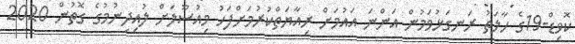
ކޮވިޑް-19ގެ ހާލަތު ރަނގަޅުވަމުން އަންނަ އައުމަށް ރިއާޔަތްކުރުމަށްފަހު މިއުސޫލަށް ލުއިދިނުމުގެ ގޮތުން 2020